Scottish Leaving Certificate Examination, 1960
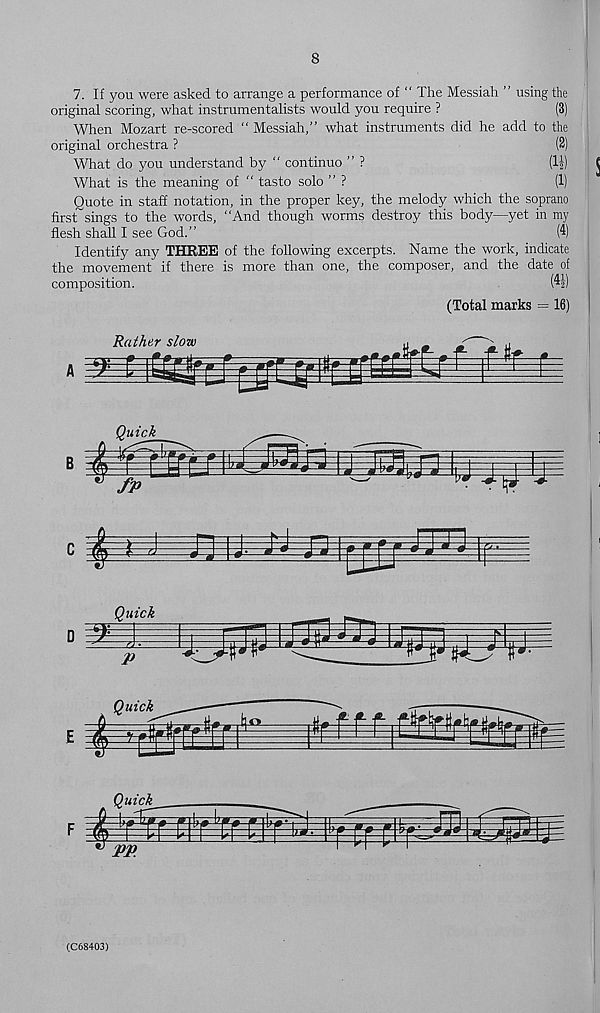
8
7. If you were asked to arrange a performance of “ The Messiah ” using the
original scoring, what instrumentalists would you require ?
(3)
When Mozart re-scored “ Messiah,” what instruments did he add to the
original orchestra ?
(2)
What do you understand by “ continue ” ?
(1\)
What is the meaning of “ tasto solo ” ?
(1)
Quote in staff notation, in the proper key, the melody which the soprano
first"sings to the words, “And though worms destroy this body—yet in my
flesh shall I see God.”
(4)
Identify any THREE of the following excerpts. Name the work, indicate
the movement if there is more than one, the composer, and the date of
composition.
™
(Total marks = 16)
Rather slow
ciTE-Er
jgggggiligi: if ¥
(C68403)